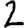
Digit: 2